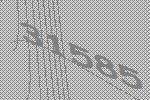
31585